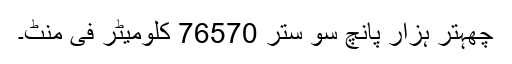
چھہتر ہزار پانچ سو ستر 76570 کلومیٹر فی منٹ۔